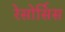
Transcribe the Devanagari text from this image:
रेसोर्सिस